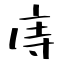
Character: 庤